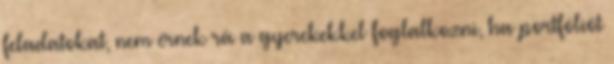
feladatokat, nem érnek rá a gyerekekkel foglalkozni, ha portfóliót